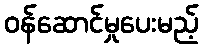
ဝန်ဆောင်မှုပေးမည့်